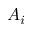
A _ { i }